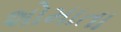
શોમાતા